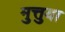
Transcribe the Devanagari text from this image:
मुत्तुया